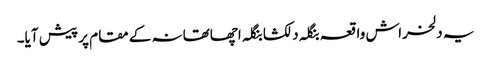
یہ دلخراش واقعہ بنگلہ دلکشا بنگلہ اچھاتھانہ کے مقام پر پیش آیا۔